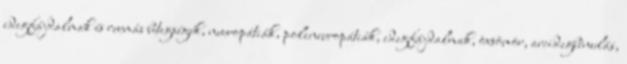
idegfájdalmak és reumás betegségek, neuropátiák, polineuropátiák, idegfájdalmak, övsömör, arcidegbénulás,